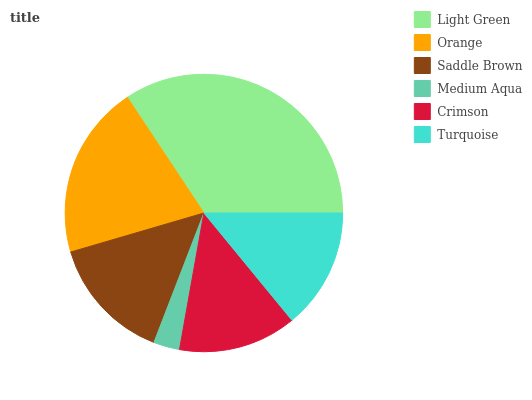
| Light Green | Orange | Saddle Brown | Medium Aqua | Crimson | Turquoise |
 | --- | --- | --- | --- | --- | --- |
 | 34.4% | 20.2% | 14.6% | 3.04% | 13.7% | 14% |